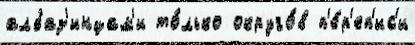
албаз'инцам'и то́лько округо́в п'е́р'еп'ис'и